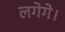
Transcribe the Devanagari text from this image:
लगेगे।